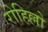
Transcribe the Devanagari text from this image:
रोहिल्लो